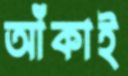
আঁকাই